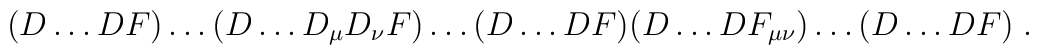
(D\ldots DF)\ldots(D\ldots D_\mu D_\nu F)\ldots(D\ldots DF)(D\ldots DF_{\mu\nu})\ldots (D\ldots DF) \;.